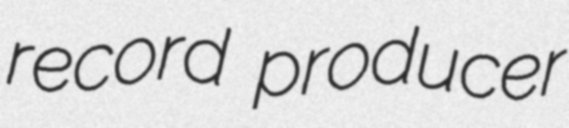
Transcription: record producer